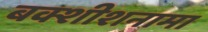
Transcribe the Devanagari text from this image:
बक्शीशनामा